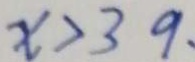
x > 3 9 .